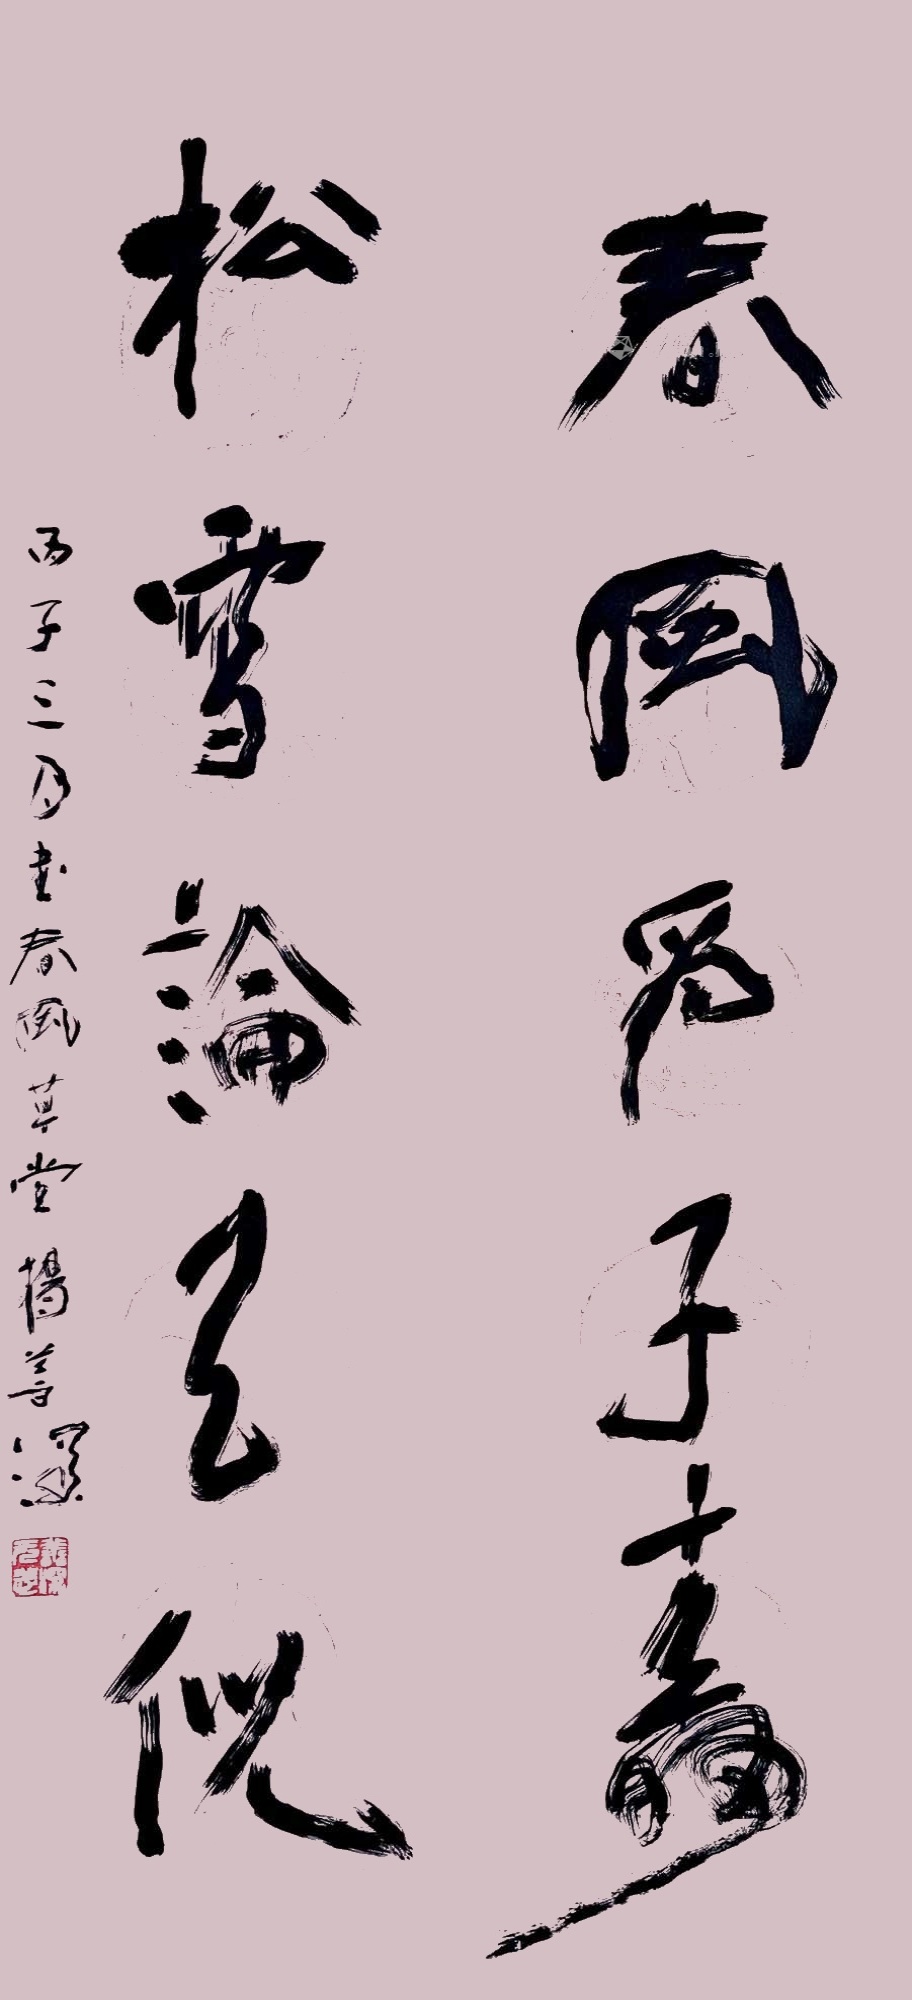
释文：春风为子寿，松雪论天倪。丙子三月书春风草堂杨善深